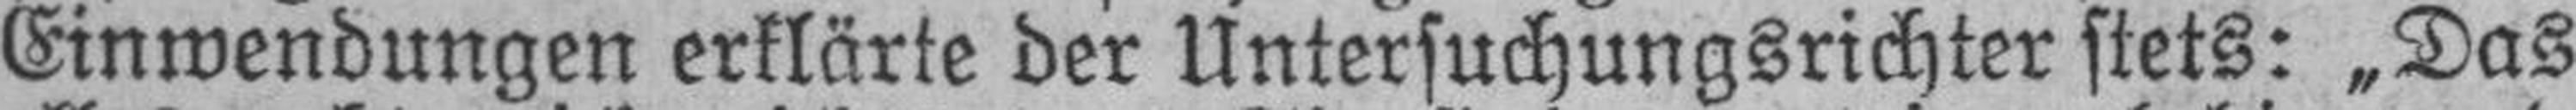
Einwendungen erklärte der Untersuchungsrichter stets: „Das